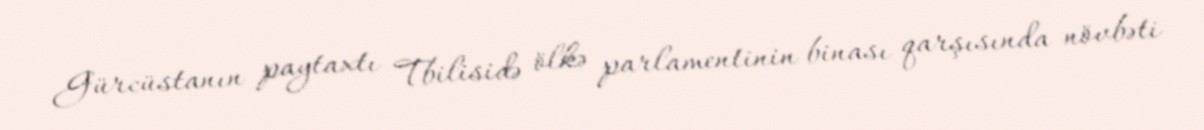
Gürcüstanın paytaxtı Tbilisidə ölkə parlamentinin binası qarşısında növbəti